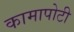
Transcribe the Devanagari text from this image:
कामापोटी